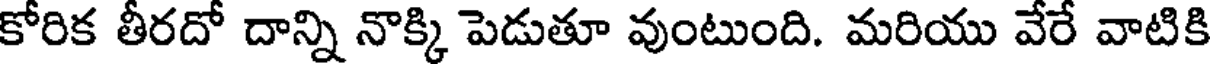
కోరిక తీరదో దాన్ని నొక్కి పెడుతూ వుంటుంది. మరియు వేరే వాటికి